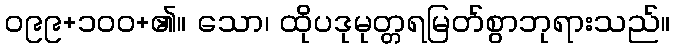
၀၉၉+၁၀၀+၏။ သော၊ ထိုပဒုမုတ္တရမြတ်စွာဘုရားသည်။